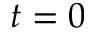
t = 0